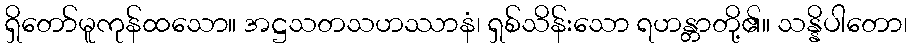
ရှိတော်မူကုန်ထသော။ အဋ္ဌသတသဟဿာနံ၊ ရှစ်သိန်းသော ရဟန္တာတို့၏။ သန္နိပါတော၊